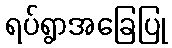
ရပ်ရွာအခြေပြု